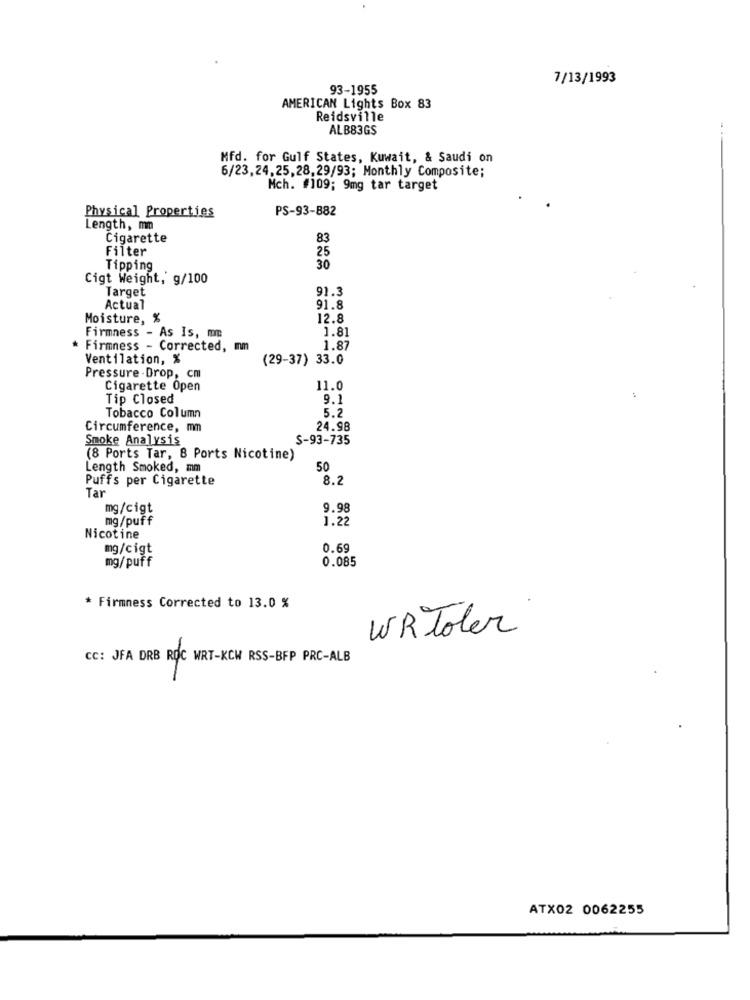
7/13/1993
93-1955
AMERICAN Lights Box 83
Reidsville
ALB83GS
Mfd. for Gulf States, Kuwait, & Saudi on
6/23,24,25,28,29/93; Monthly Composite;
Mch. #109; 9mg tar target
PS-93-882
Physical Properties
Length, mn
Cigarette
83
Filter
25
Tipping
30
Cigt Weight, g/100
Target
91.3
Actual
91.8
Moisture, %
12.8
1.81
Firmness - As Is, mm
Firmness - Corrected, Im
1.87
Ventilation, %
(29-37) 33.0
Pressure . Drop, cm
Cigarette Open
11.0
Tip Closed
9.1
5.2
Tobacco Column
Circumference, mm
24.98
Smoke Analysis
S-93-735
(8 Ports Tar, 8 Ports Nicotine)
Length Smoked, mm
50
Puffs per Cigarette
8.2
Tar
mg/cigt
9.98
mg/puff
1.22
Nicotine
mg/cigt
0.69
mg/puff
0.085
* Firmness Corrected to 13.0 %
WR Toler
CC: JFA DRB ROC WRT-KCW RSS-BFP PRC-ALB
ATX02 0062255